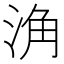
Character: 𱦨